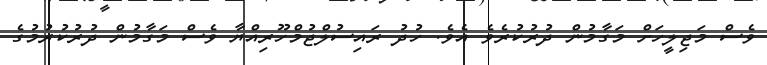
ވެސް މަޖިލީހަށް މަގާމުން ދުރުކުރެވެ އެވެ. ހުދު ރައިސުލްޖުމްހޫރިއްޔާ ވެސް މަގާމުން ދުރުކުރުމުގެ